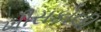
ખીસકોલી